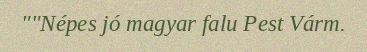
""Népes jó magyar falu Pest Várm.